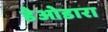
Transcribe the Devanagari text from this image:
डेओडारा